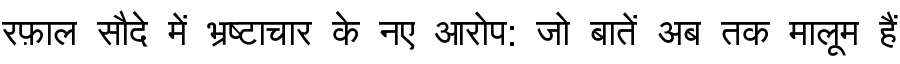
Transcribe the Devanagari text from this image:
रफ़ाल सौदे में भ्रष्टाचार के नए आरोप: जो बातें अब तक मालूम हैं